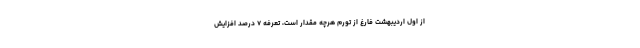
از اول اردیبهشت فارغ از تورم هرچه مقدار است، تعرفه ۷ درصد افزایش